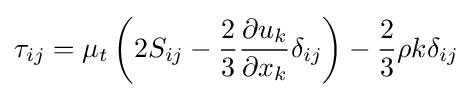
\tau _{ij}=\mu _{t}\left(2S_{ij}-{\frac {2}{3}}{\frac {\partial u_{k}}{\partial x_{k}}}\delta _{ij}\right)-{\frac {2}{3}}\rho k\delta _{ij}